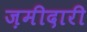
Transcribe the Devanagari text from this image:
ज़मीदारी